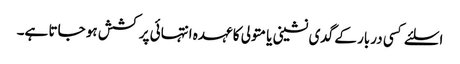
اسلئے کسی دربار کے گدی نشینی یا متولی کا عہدہ انتہائی پر کشش ہو جاتا ہے۔